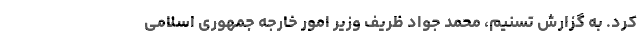
کرد. به گزارش تسنیم، محمد جواد ظریف وزیر امور خارجه جمهوری اسلامی